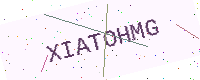
Text: XIATOHMG